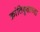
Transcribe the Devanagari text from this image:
क्रांतिवृक्षाच्या